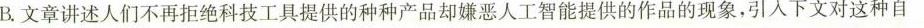
B文章讲述人们不再拒绝科技工具提供的种种产品却嫌恶人工智能提供的作品的现象，引人下文对这种自